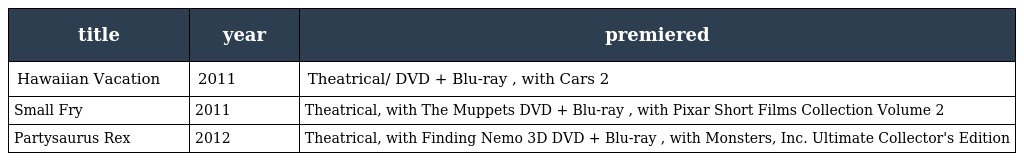
| title | year | premiered |
 | --- | --- | --- |
 | Hawaiian Vacation | 2011 | Theatrical/ DVD + Blu-ray , with Cars 2 |
 | Small Fry | 2011 | Theatrical, with The Muppets DVD + Blu-ray , with Pixar Short Films Collection Volume 2 |
 | Partysaurus Rex | 2012 | Theatrical, with Finding Nemo 3D DVD + Blu-ray , with Monsters, Inc. Ultimate Collector's Edition |